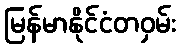
မြန်မာနိုင်ငံတဝှမ်း